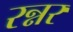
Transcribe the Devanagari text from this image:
रन्नर